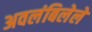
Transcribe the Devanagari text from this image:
अवलंबिलेले